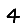
Digit: 4